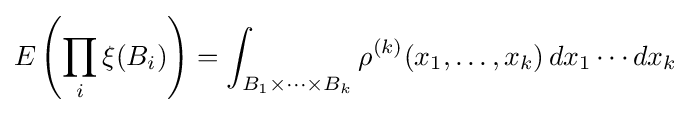
E\left(\prod _{i}\xi (B_{i})\right)=\int _{B_{1}\times \cdots \times B_{k}}\rho ^{(k)}(x_{1},\ldots ,x_{k})\,dx_{1}\cdots dx_{k}